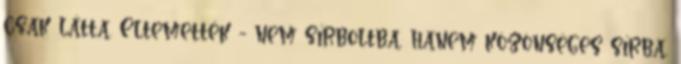
csak látta. Eltemették - nem sírboltba, hanem közönséges sírba,